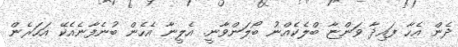
ދެން އެހާ ފައިދާ ވަންޏާ ބްލެކެއްނު ބޯލަންވާނީ. އެލީނާ އެހެން ބުނެފާނެއެކޭ އަހަރެން